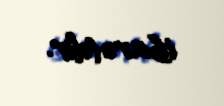
ibarətdir.